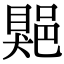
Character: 𨜯